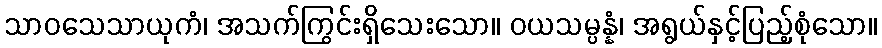
သာဝသေသာယုကံ၊ အသက်ကြွင်းရှိသေးသော။ ဝယသမ္ပန္နံ၊ အရွယ်နှင့်ပြည့်စုံသော။